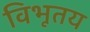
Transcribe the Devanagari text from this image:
विभूतय